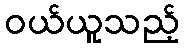
ဝယ်ယူသည့်